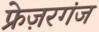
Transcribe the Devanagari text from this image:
फ्रेज़रगंज